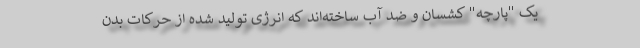
یک "پارچه" کشسان و ضد آب ساخته‌اند که انرژی تولید شده از حرکات بدن